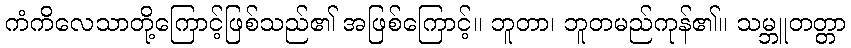
ကံကိလေသာတို့ကြောင့်ဖြစ်သည်၏ အဖြစ်ကြောင့်။ ဘူတာ၊ ဘူတမည်ကုန်၏။ သမ္ဘူတတ္တာ